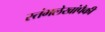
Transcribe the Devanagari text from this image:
स्तंभलेखांपैकी